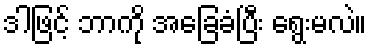
ဒါဖြင့် ဘာကို အခြေခံပြီး ရွေးမလဲ။